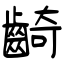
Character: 齮